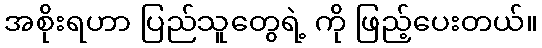
အစိုးရဟာ ပြည်သူတွေရဲ့ ကို ဖြည့်ပေးတယ်။